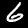
Digit: 6